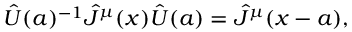
{ \hat { U } } ( a ) ^ { - 1 } { \hat { J } } ^ { \mu } ( x ) { \hat { U } } ( a ) = { \hat { J } } ^ { \mu } ( x - a ) ,